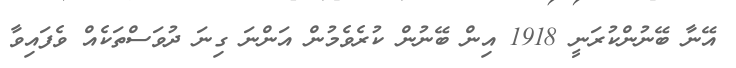
އޭނާ ބޭނުންކުރަނީ 1918 އިން ބޭނުން ކުރެވެމުން އަންނަ ގިނަ ދުވަސްތަކެއް ވެފައިވާ